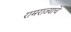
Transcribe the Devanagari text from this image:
रामराज्याचे